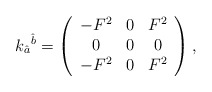
\begin{align*}k_{\hat a}{}^{\hat b} = \left(\begin{array}{ccc}-F^2 & 0 & F^2 \\0 & 0 & 0 \\-F^2 & 0 & F^2\end{array}\right),\end{align*}